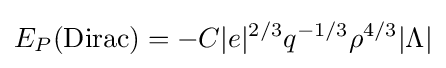
E_{P}(\mathrm {Dirac} )=-C|e|^{2/3}q^{-1/3}\rho ^{4/3}|\Lambda |